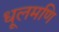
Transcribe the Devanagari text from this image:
धूलमणि